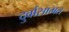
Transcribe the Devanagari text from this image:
दुर्वासामत